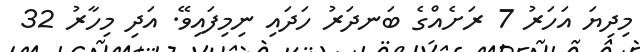
މިދިޔަ އަހަރު 7 ރަށެއްގެ ބަނދަރު ހަދައި ނިމިފައިވޭ. އަދި މިހާރު 32